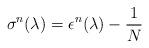
LaTeX: \begin{align*}\sigma^{n}(\lambda) = \epsilon^{n}(\lambda)-{1 \over N}\end{align*}